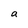
Character: a